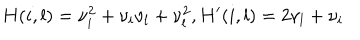
LaTeX: H ( i , l ) = \nu _ { i } ^ { 2 } + \nu _ { i } \nu _ { l } + \nu _ { l } ^ { 2 } , H ^ { \prime } ( i , l ) = 2 \nu _ { l } + \nu _ { i }